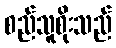
စည်သူစိုးသည်